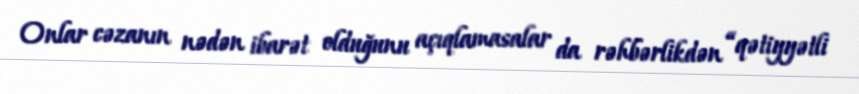
Onlar cəzanın nədən ibarət olduğunu açıqlamasalar da rəhbərlikdən “qətiyyətli